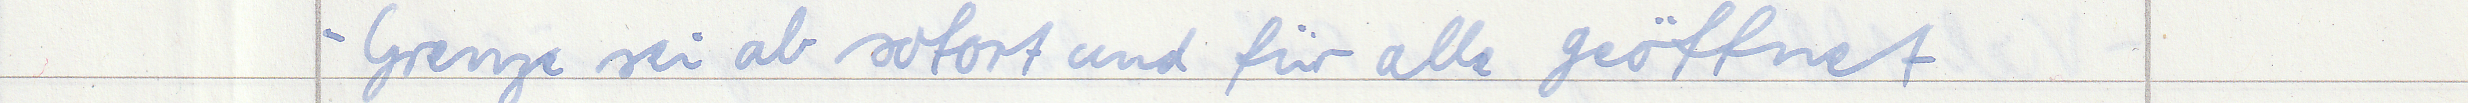
- Grenze sei ab sofort und für alle geöffnet